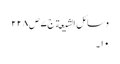
وسائل الشیعة ج٧ ص ٢٢٨
١٠۔